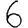
Digit: 6